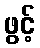
ဖွင့်